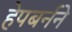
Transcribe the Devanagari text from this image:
हेपबर्नने